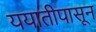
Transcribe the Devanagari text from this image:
ययातीपासून